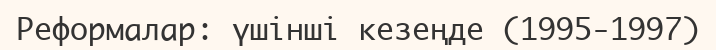
Реформалар: үшiншi кезеңде (1995-1997)